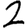
Digit: 2